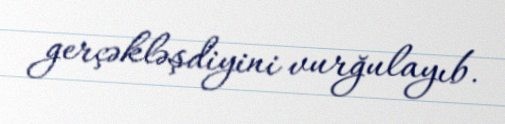
gerçəkləşdiyini vurğulayıb.